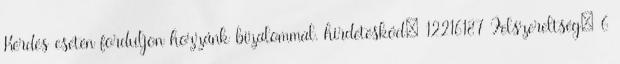
Kérdés esetén forduljon hozzánk bizalommal. hirdetéskód: 12216187 Felszereltség: 6